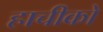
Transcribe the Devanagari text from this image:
हाचीको